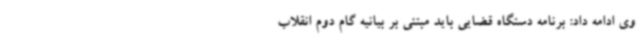
وی ادامه داد: برنامه دستگاه قضایی باید مبتنی بر بیانیه گام دوم انقلاب